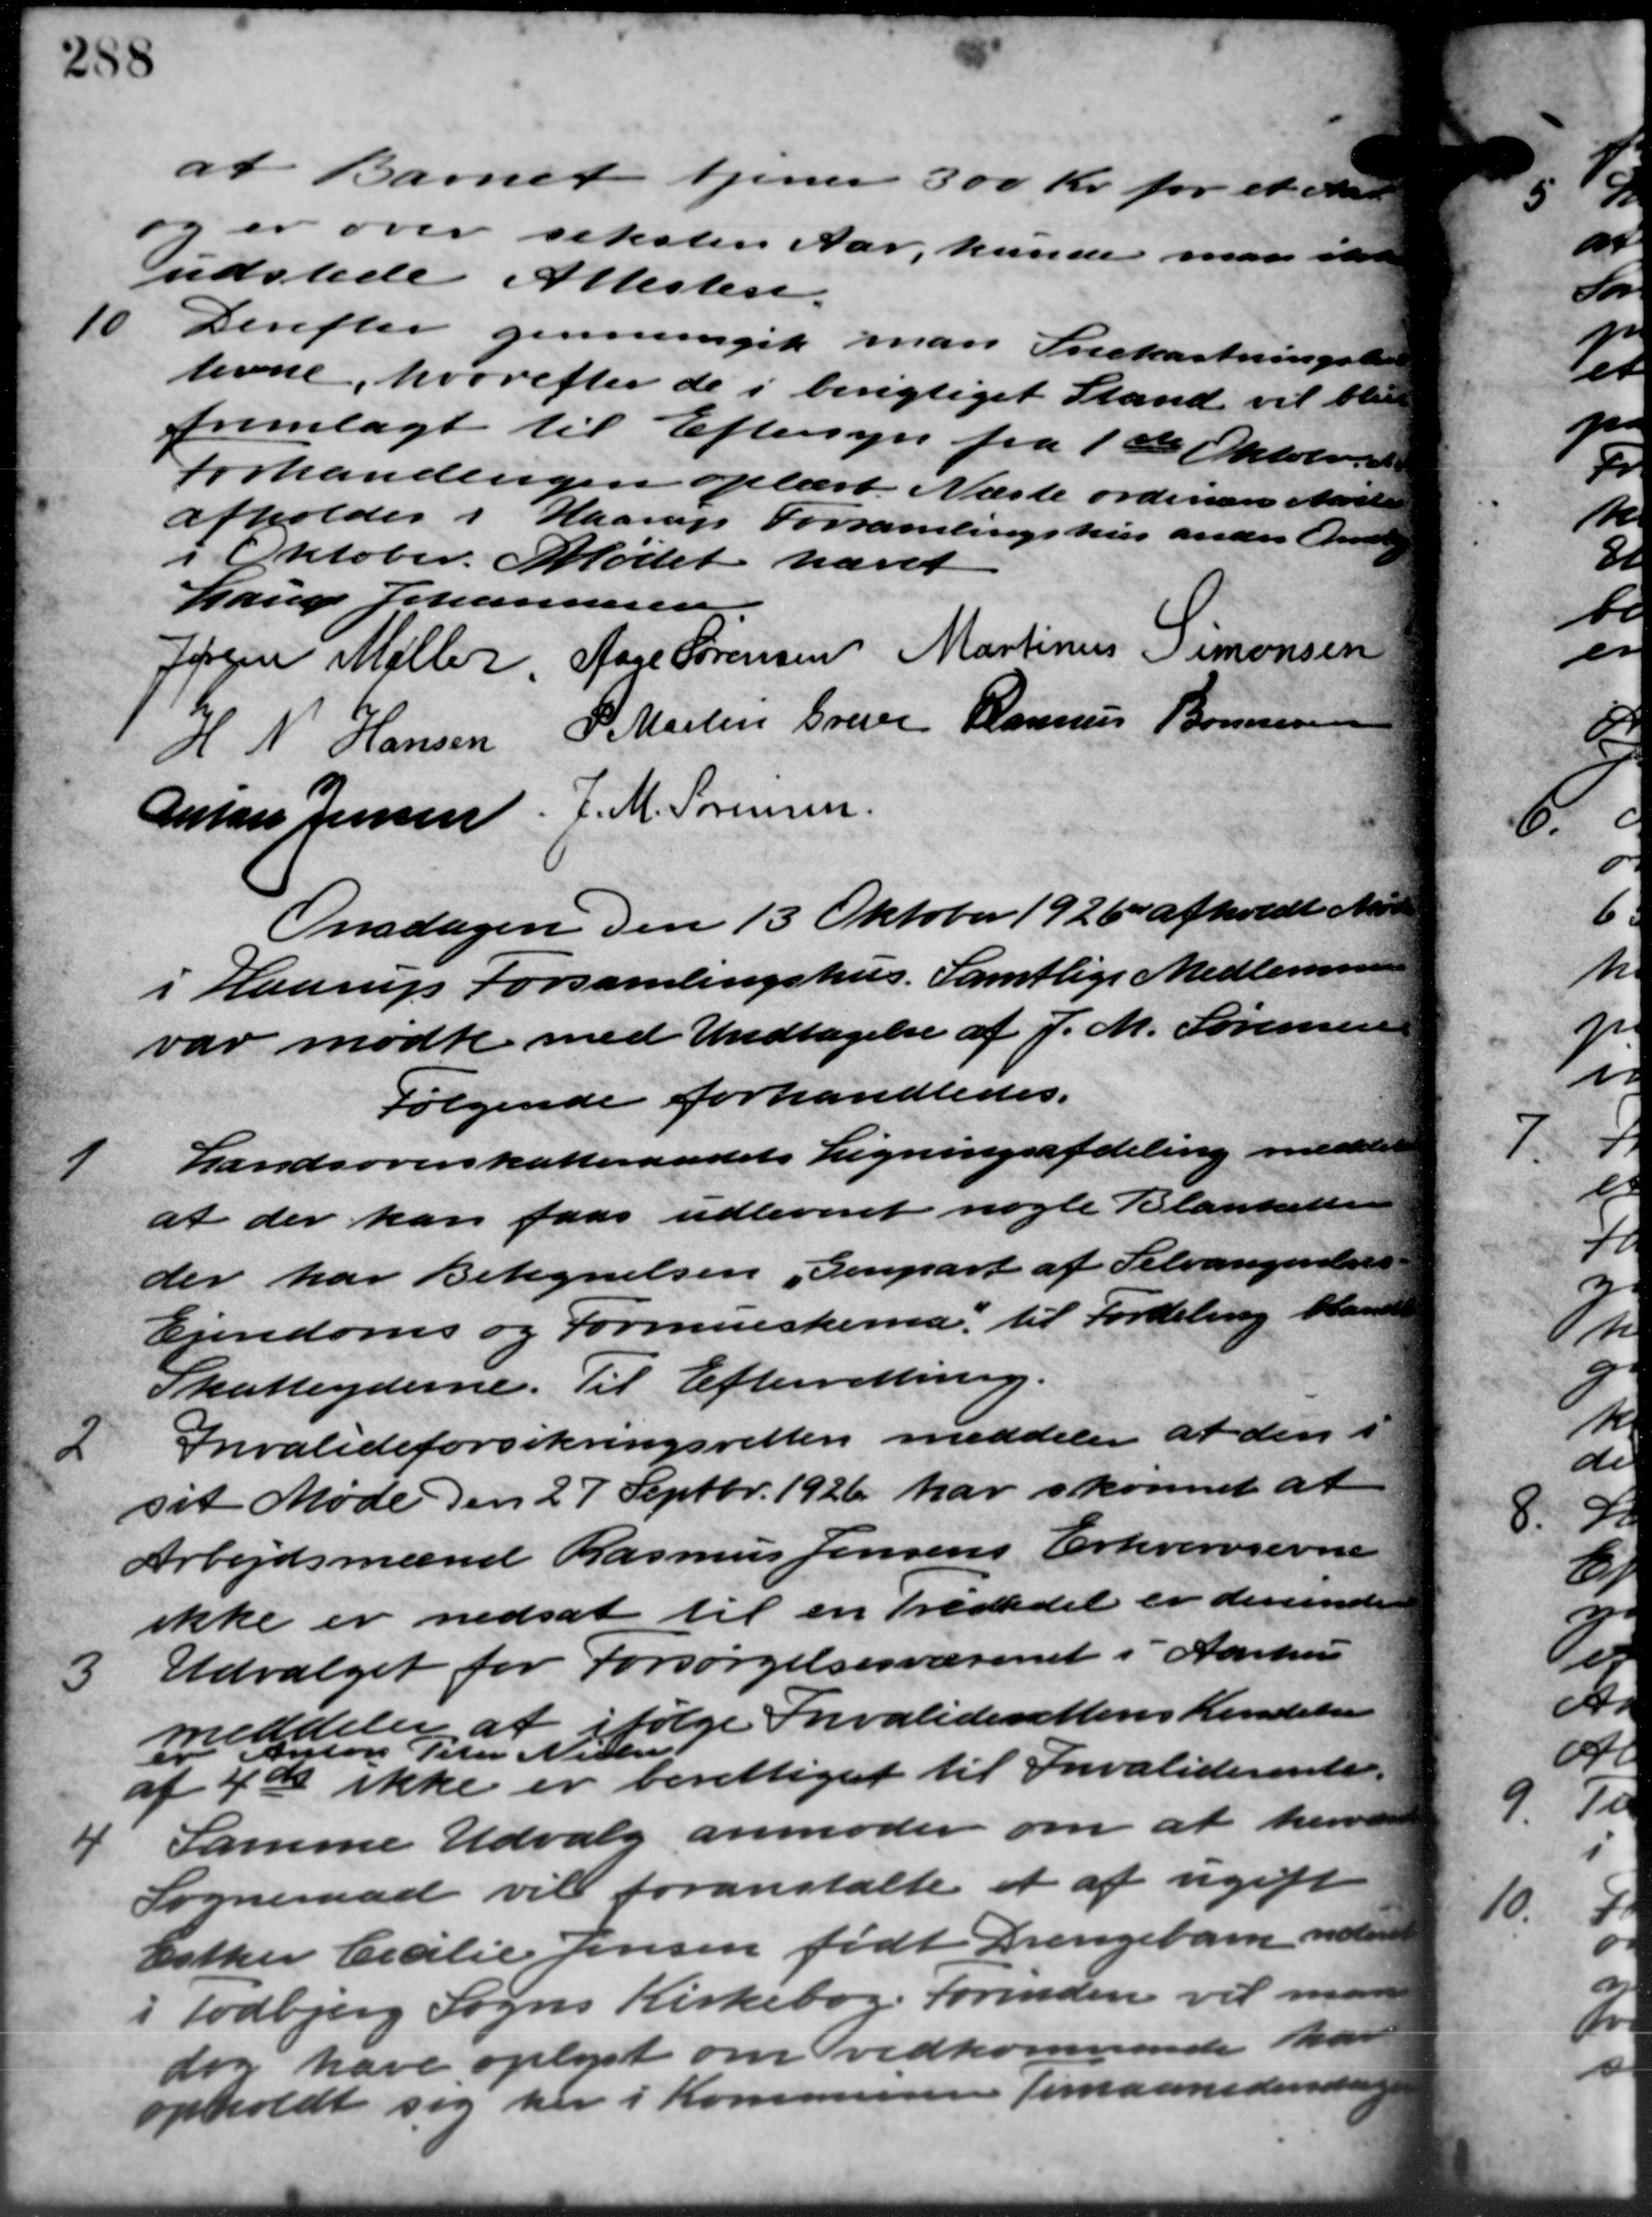
Transskription:
at Barnet tjener 300 Kr. for et Mar
er over sekster Aar, kunde man ikke
Indstede Attesten.
10
Derefter gennemgik man Snekastningsbe
levne, hvorefter de i berigtiget Stand vil bliv
fremlagt til Eftersyn fra 1ste Oktobere
Forhandlingen oplæst. Næste ordinære Møde
afholdes i Haarup Forsamlingshus anden Onsdag
i Oktober. Mødet hævet
Lauge Johannesen 5
Jørgen Møller Aage Sørensen Martinus Simonsen
H. N. Hansen P. Martin Greve Rasmus Bonnesen
Anhans Jensen J. M. Sørensen
Onsdagen den 13 Oktober 1926 afholdt M
i Haarup Forsamlingshus. Samtlige Medlemmer
var mødte med Undtagelse af J. M. Sørensen
Følgende forhandledes.
1
Landsoverskatteraadets Ligningsafdeling med
at der kan faas udleveret nogle Blankette
der har betegnelsen Genpart af Selvangense
Ejendoms og Formueskema til Fordeling bleve
Skatteyderne. Til Efterretting.
2
Invalideforsikringsretten meddeler at den i
sit Møde den 27 Septbr. 1926 har skønnet at
Arbejdsmænd Rasmus Jensens Erhvervsevne
ikke er nedsat til en Trediedel er derne
3
Udvalget for Forsørgelsesvæsenet i Aarhus
meddeler at ifølge Invaliderettens Kendelse
af 4de ikke er berettiget til Invaliderente.
" Anton Peter Nielsen
4
Samme Udvalg anmoder om at herv.
Sogneraad vil foranstalte et af ugift
Esther Cecilie Jensen født Drengebarn neder
i Todbjerg Sogns Kirkebog. Forinden vil ny
dog have oplyst om vedkommende har
opholdt sig her i Kommunen fimaanedende